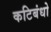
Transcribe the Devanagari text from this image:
कटिबंधो